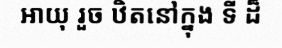
អាយុ រួច ឋិតនៅក្នុង ទី ដ៏